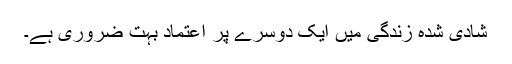
شادی شدہ زندگی میں ایک دوسرے پر اعتماد بہت ضروری ہے۔